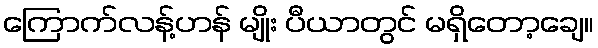
ကြောက်လန့်ဟန် မျိုး ပီယာတွင် မရှိတော့ချေ။